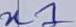
Text: n1